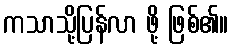
ကသာသို့ပြန်လာ ဖို့ ဖြစ်၏။